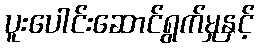
ပူးပေါင်းဆောင်ရွက်မှုနှင့်